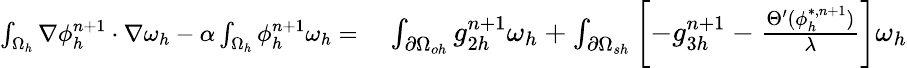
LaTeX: \begin{array}{rl}{\small\int_{\Omega_{h}}\nabla\phi_{h}^{n+1}\cdot\nabla\omega_{h}-\alpha\int_{\Omega_{h}}\phi_{h}^{n+1}\omega_{h}=}&{{}\int_{\partial\Omega_{oh}}g_{2h}^{n+1}\omega_{h}+\int_{\partial\Omega_{sh}}\left[-g_{3h}^{n+1}-\frac{\Theta^{\prime}(\phi_{h}^{*,n+1})}{\lambda}\right]\omega_{h}}\end{array}